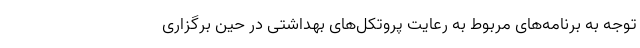
توجه به برنامه‌های مربوط به رعایت پروتکل‌های بهداشتی در حین برگزاری